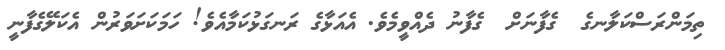
ތިމަންރަސްކަލާނގެ  ގެފާނަށް  ގެފާނު ދެއްވީމެވެ. އެއަޅާގެ ރަނގަޅުކަމާއެވެ! ހަމަކަށަވަރުން އެކަލޭގެފާނީ